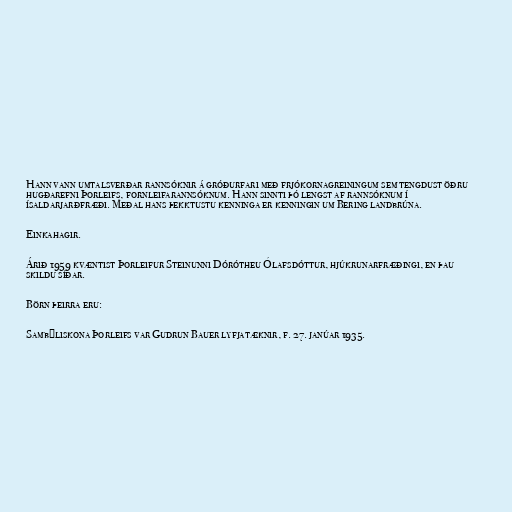
Hann vann umtalsverðar rannsóknir á gróðurfari með frjókornagreiningum sem tengdust öðru
hugðarefni Þorleifs, fornleifarannsóknum. Hann sinnti þó lengst af rannsóknum í
ísaldarjarðfræði. Meðal hans þekktustu kenninga er kenningin um Bering landbrúna.

Einkahagir.

Árið 1959 kvæntist Þorleifur Steinunni Dórótheu Ólafsdóttur, hjúkrunarfræðingi, en þau
skildu síðar.

Börn þeirra eru:

Sambýliskona Þorleifs var Gudrun Bauer lyfjatæknir, f. 27. janúar 1935.